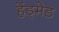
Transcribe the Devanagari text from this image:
हेंड्मेड